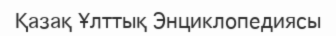
Қазақ Ұлттық Энциклопедиясы